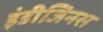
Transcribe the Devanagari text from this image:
इंडीजिनस